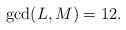
LaTeX: \begin{align*}\gcd(L,M)=1 2.\end{align*}